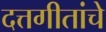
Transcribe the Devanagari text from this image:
दत्तगीतांचे